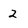
Character: 2